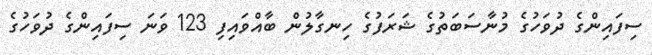
ސިފައިންގެ ދުވަހުގެ މުނާސަބަތުގެ ޝަރަފުގެ ހިނގާލުން ބާއްވައިފި 123 ވަނަ ސިފައިންގެ ދުވަހުގެ